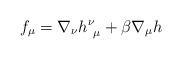
LaTeX: \begin{align*}f_\mu = \nabla_\nu h^\nu_{~\mu } + \beta \nabla_\mu h\end{align*}